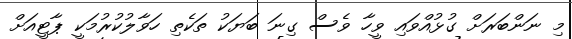
މި ނަންބަރަށް ގުޅުއްވައި ވީހާ ވެސް ގިނަ ބަޔަކު ތަކެތި ހަވާލުކުރުމަކީ ޕާޓީއަށް